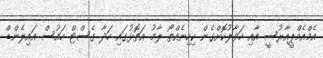
އެމްއެމްޕީއާރުސީ އާއި ހަވާލުކޮށްގެން ކިހިނެއްތޯ ލާމު އަތޮޅުގައި ހަދާ ގެސްޓް ހައުސް އައިލެންޑް